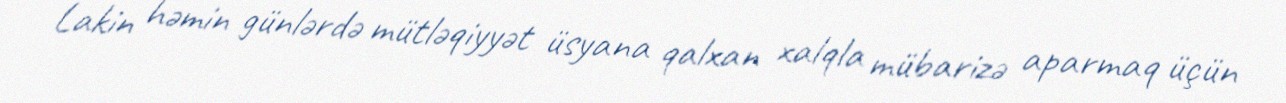
Lakin həmin günlərdə mütləqiyyət üsyana qalxan xalqla mübarizə aparmaq üçün